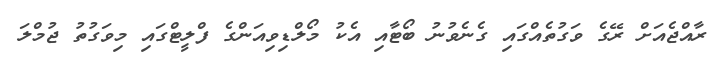
ރާއްޖެއަށް ރޭގެ ވަގުތެއްގައި ގެނެވުނު ބޯޓާއި އެކު މޯލްޑިވިއަންގެ ފްލީޓްގައި މިވަގުތު ޖުމްލަ